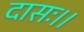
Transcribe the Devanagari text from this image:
दासः।।